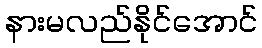
နားမလည်နိုင်အောင်